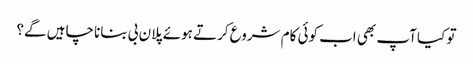
تو کیا آپ بھی اب کوئی کام شروع کرتے ہوئے پلان بی بنانا چاہیں گے؟